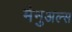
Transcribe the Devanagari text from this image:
मैनुअल्स